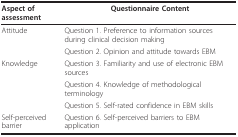
<table><thead><tr><td><b>Aspect of assessment</b></td><td><b>Questionnaire Content</b></td></tr></thead><tbody><tr><td>Attitude</td><td>Question 1. Preference to information sources during clinical decision making</td></tr><tr><td></td><td>Question 2. Opinion and attitude towards EBM</td></tr><tr><td>Knowledge</td><td>Question 3. Familiarity and use of electronic EBM sources</td></tr><tr><td></td><td>Question 4. Knowledge of methodological terminology</td></tr><tr><td></td><td>Question 5. Self-rated confidence in EBM skills</td></tr><tr><td>Self-perceived barrier</td><td>Question 6. Self-perceived barriers to EBM application</td></tr></tbody></table>